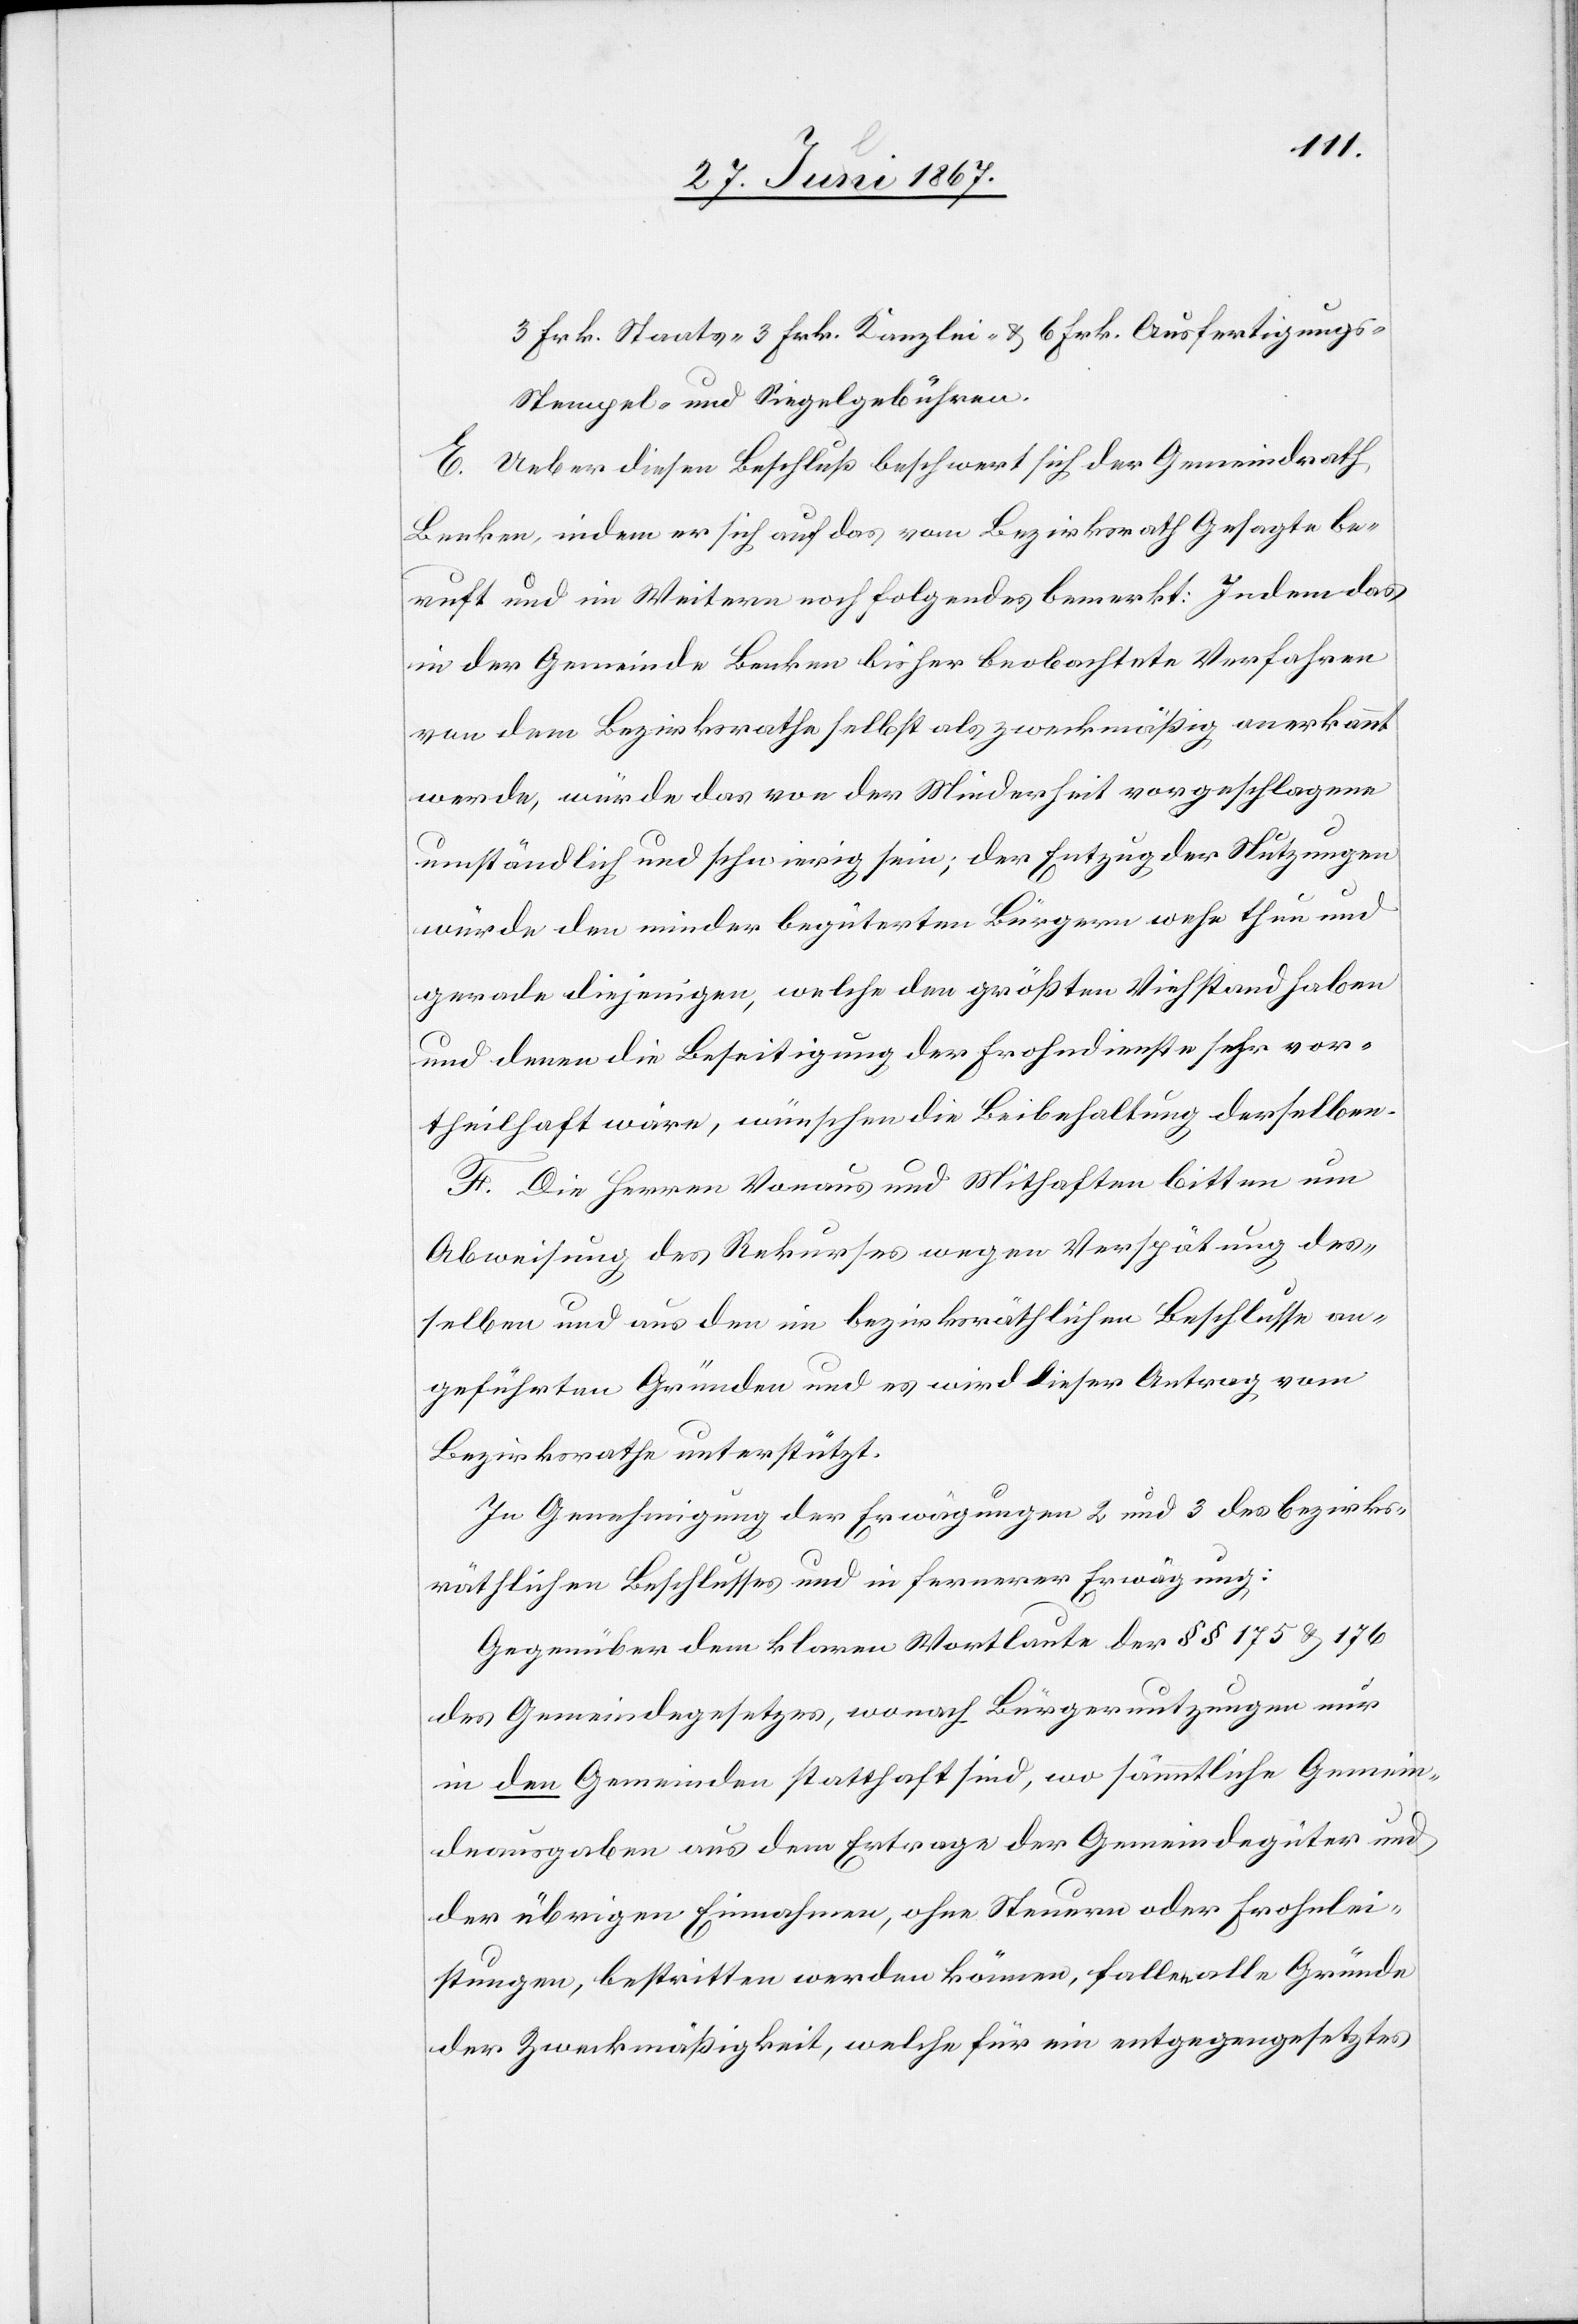
3 Frk. Staats-[,] 3 Frk. Kanzlei- u. 6 Frk. Ausfertigungs-[,]
Stempel- und Siegelgebühren.
E. Ueber diesen Beschlus beschwert sich der Gemeindrath
Benken, indem er sich auf das vom Bezirksrath Gesagte be¬
ruft und im Weitern noch folgendes bemerkt: Indem das
in der Gemeinde Benken bisher beobachtete Verfahren
von dem Bezirksrathe selbst als zweckmäßig anerkannt
werde, würde das von der Minderheit vorgeschlagene
umständlich und schwierig sein; der Entzug der Nutzungen
würde den minder begüterten Bürgern wehe thun und
gerade diejenigen, welche den größten Viehstand haben
und denen die Beseitigung der Frohndienste sehr vor¬
theilhaft wäre, wünschen die Beibehaltung derselben.
F. Die Herren Vonaus und Mithafte bitten um
Abweisung des Rekurses wegen Verspätung des¬
selben und aus den im bezirksräthlichen Beschlusse an¬
geführten Gründen und es wird dieser Antrag vom
Bezirksrathe unterstützt.
In Genehmigung der Erwägungen 2 und 3 des bezirks¬
räthlichen Beschlusses und in fernerer Erwägung:
Gegenüber dem klaren Wortlaute der § § 175 u. 176
des Gemeindegesetzes, wonach Bürgernutzungen nur
in den Gemeinden statthaft sind, so sämmtliche Gemein¬
deausgaben aus dem Ertrage der Gemeindegüter und
der übrigen Einnahmen, ohne Steuern oder Frohnlei¬
stungen, bestritten werden können, fallen alle Gründe
der Zweckmäßigkeit, welche für ein entgegengesetztes